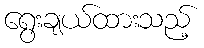
ရွေးချယ်ထားသည့်